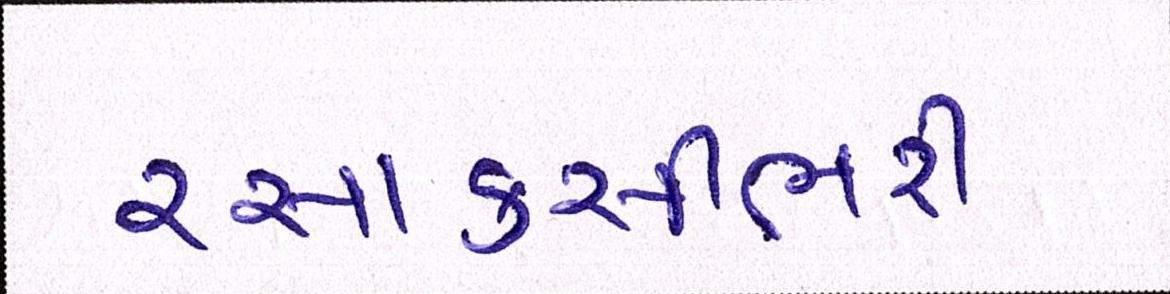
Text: રસાકસીભરી